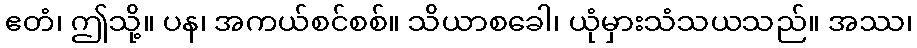
ဧတံ၊ ဤသို့။ ပန၊ အကယ်စင်စစ်။ သိယာစခေါ၊ ယုံမှားသံသယသည်။ အဿ၊